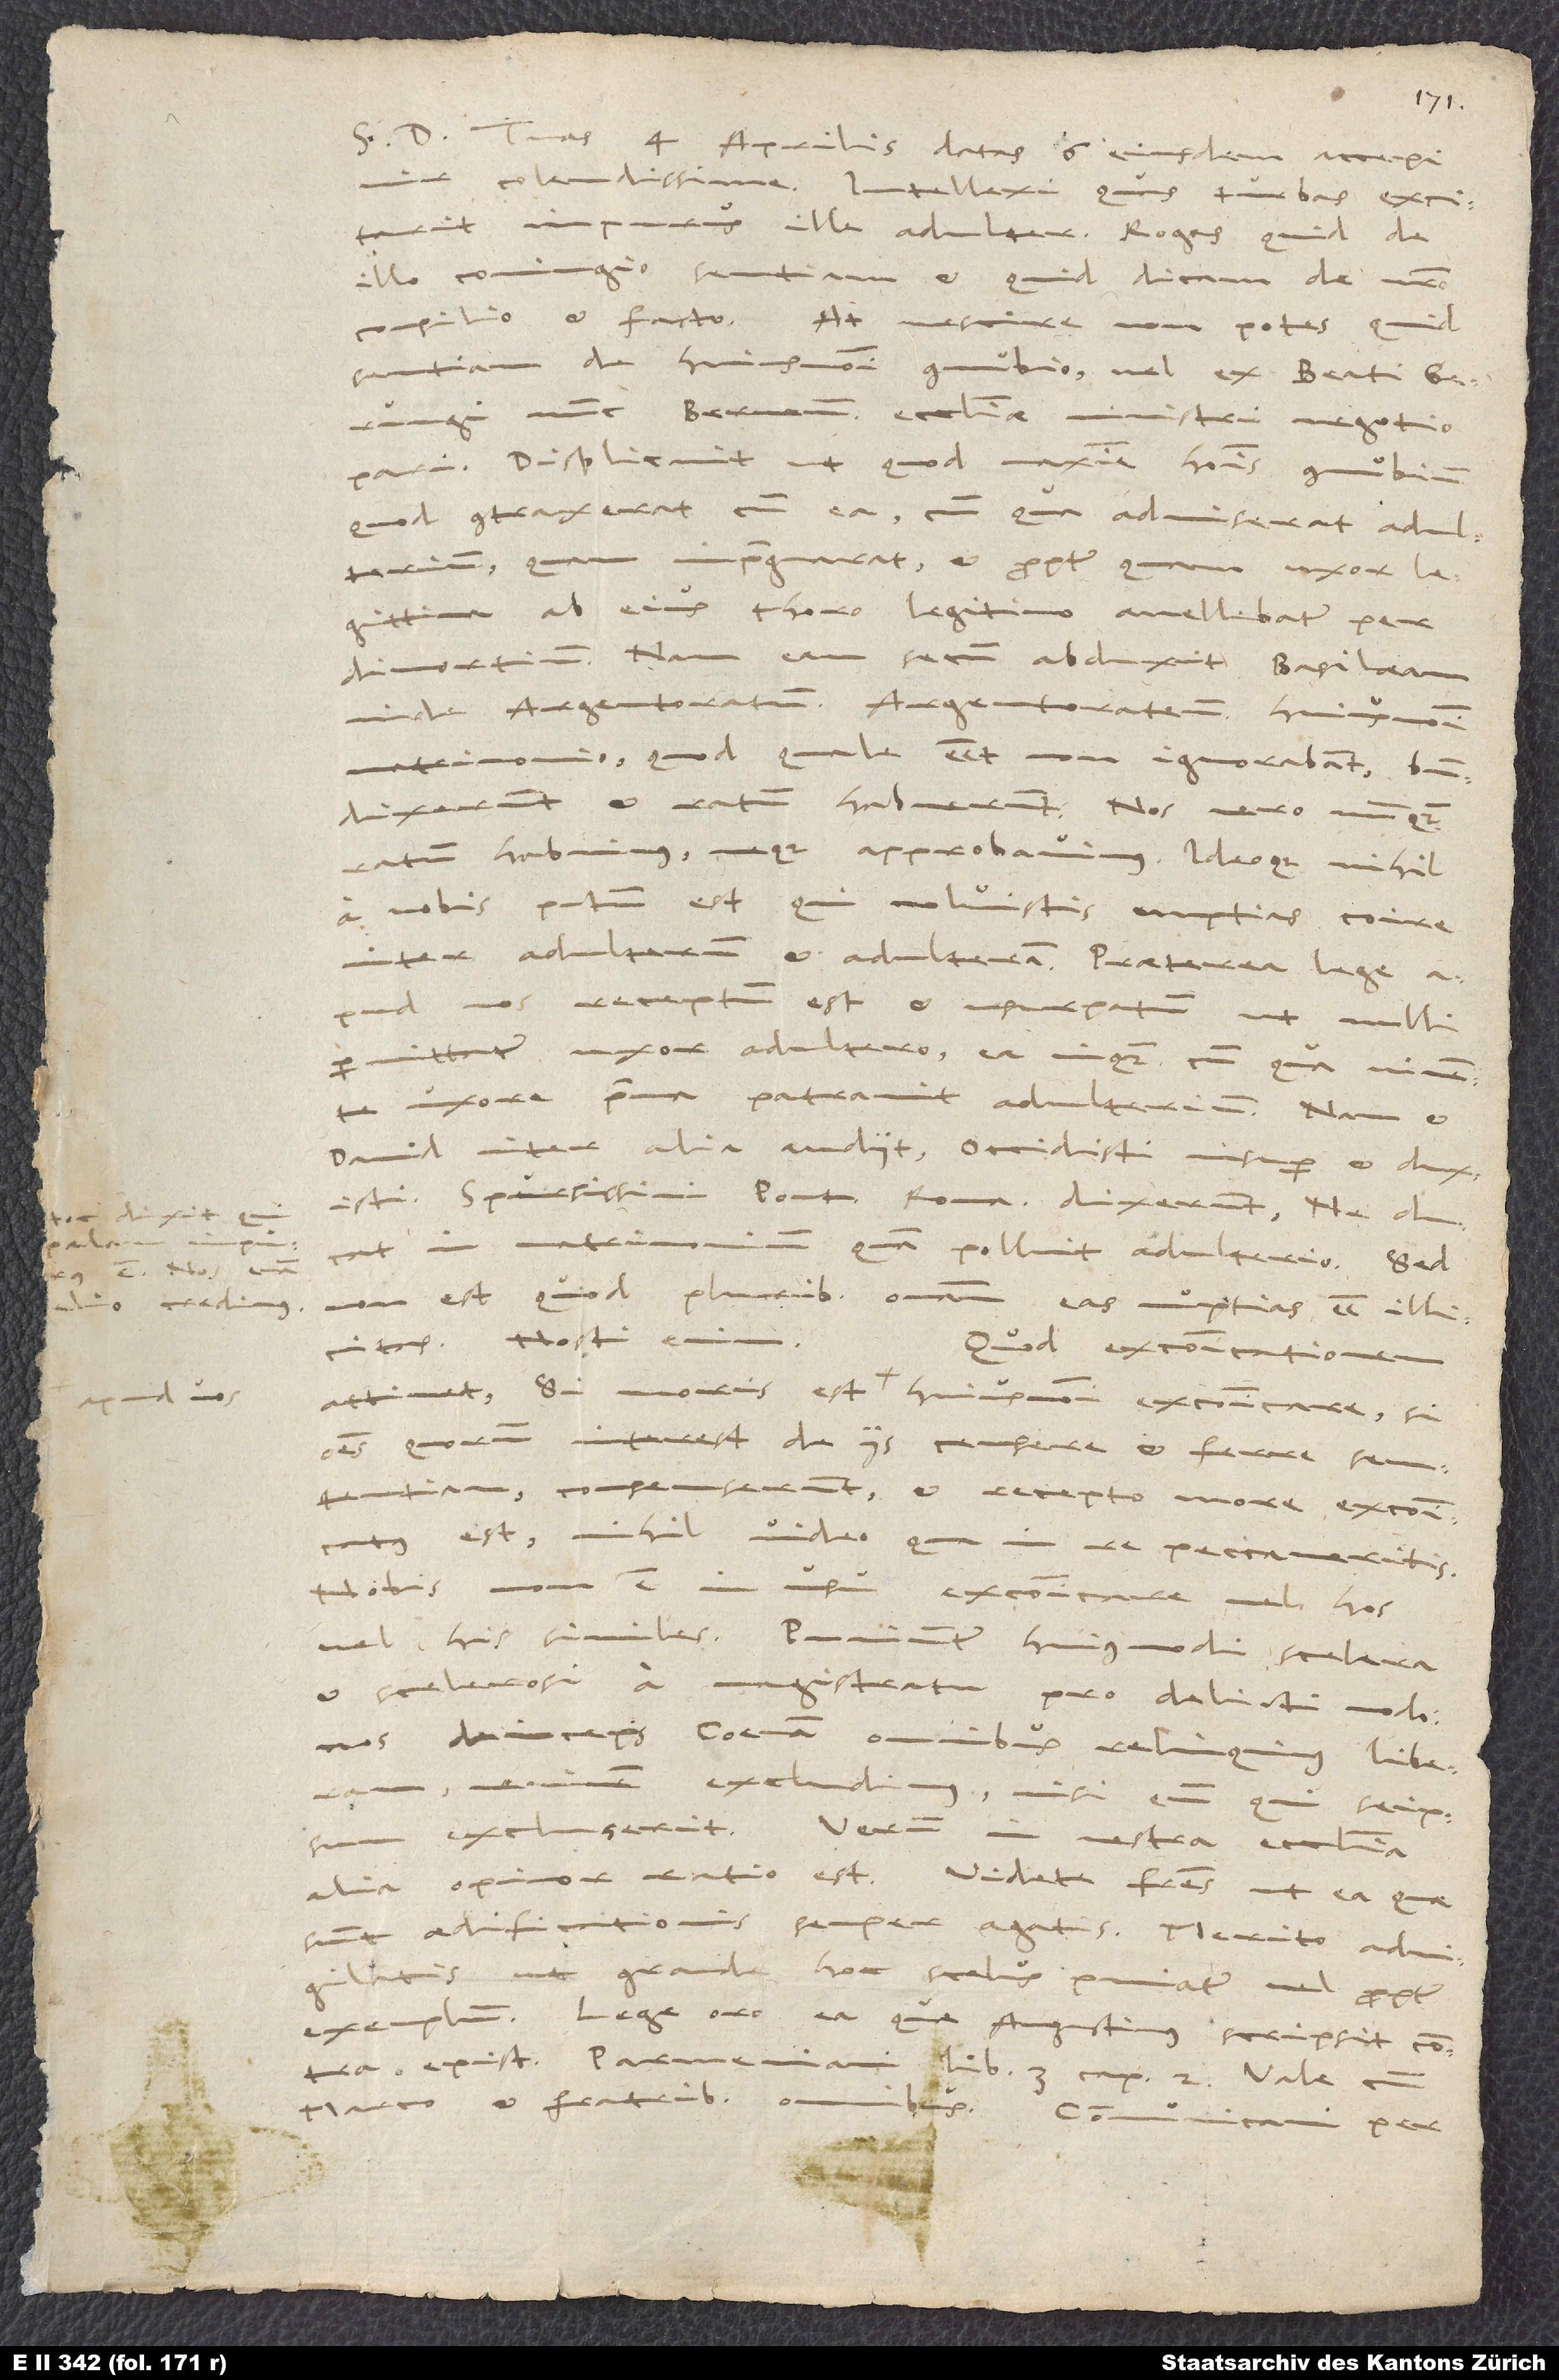
S.

Tuas 4. aprilis datas 6. eiusdem accepi,
colendissime.
Intellexi, quas turbas excitavit
impurus ille adulter. Rogas, quid de
coniugio sentiam et quid dicam de vestro
consilio et facto. At nescire non potes, quid
sentiam de huiusmodi connubio, vel ex Beati Gerungi
(nunc Bernensis ecclesiae ministri) negotio
pari. Displicuit ut quod maxime hominis connubium,
quod contraxerat cum ea, cum qua admiserat adulterium,
quam impraegnarat, et propter quam uxor legittima
ab eius thoro legitimo avelleba tur per
divortium. Nam eam secum abduxit Basilaeam,
inde Argentoratum. Argentoratenses huiusmodi
matrimonio (quod, quale esset, non ignorabant) bene
dixerunt et ratum habuerunt! Nos vero nunquam
ratum habuimus neque approbavimus! Ideoque nihil
a vobis peccatum est, qui noluistis nuptias coire
inter adulterum et adulteram. Praeterea lege
permittatur uxor adultero, ea, inquam, cum qua vivente
uxore prima patravit adulterium. Nam et
David inter alia audivit: „Occidisti insuper et duxisti.“
Spurcissimi pontifices Romani dixerunt: „Ne ducat
in matrimonium, quam polluit adulterio“(hoc
non est, quod pluribus ostendam eas nuptias esse illicitas.
Nosti enim!
Quod excommunicationem
attinet, si moris est apud vos huiusmodi excommunicare, si
omnes, quorum interest de iis censere et ferre sententiam,
consenserunt et recepto more excommunicatus
est, nihil video, qua in re peccaveritis.
Nobis non est in usu excommunicare vel hos
vel his similes. Puniuntur huiusmodi scelera
et scelerosi a magistratu pro delicti modo.
Nos deinceps coenam omnibus relinquimus liberam;
neminem excludimus nisi eum, qui se ipsum
excluserit. Verum in vestra ecclesia
alia, opinor, ratio est. Videte, fratres, ut ea, quae
sunt aedificationis semper agatis! Merito advigilatis,
ut grande hoc scelus puniatur vel propter
exemplum! Lege, oro, ea, quae Augustinus scripsit contra